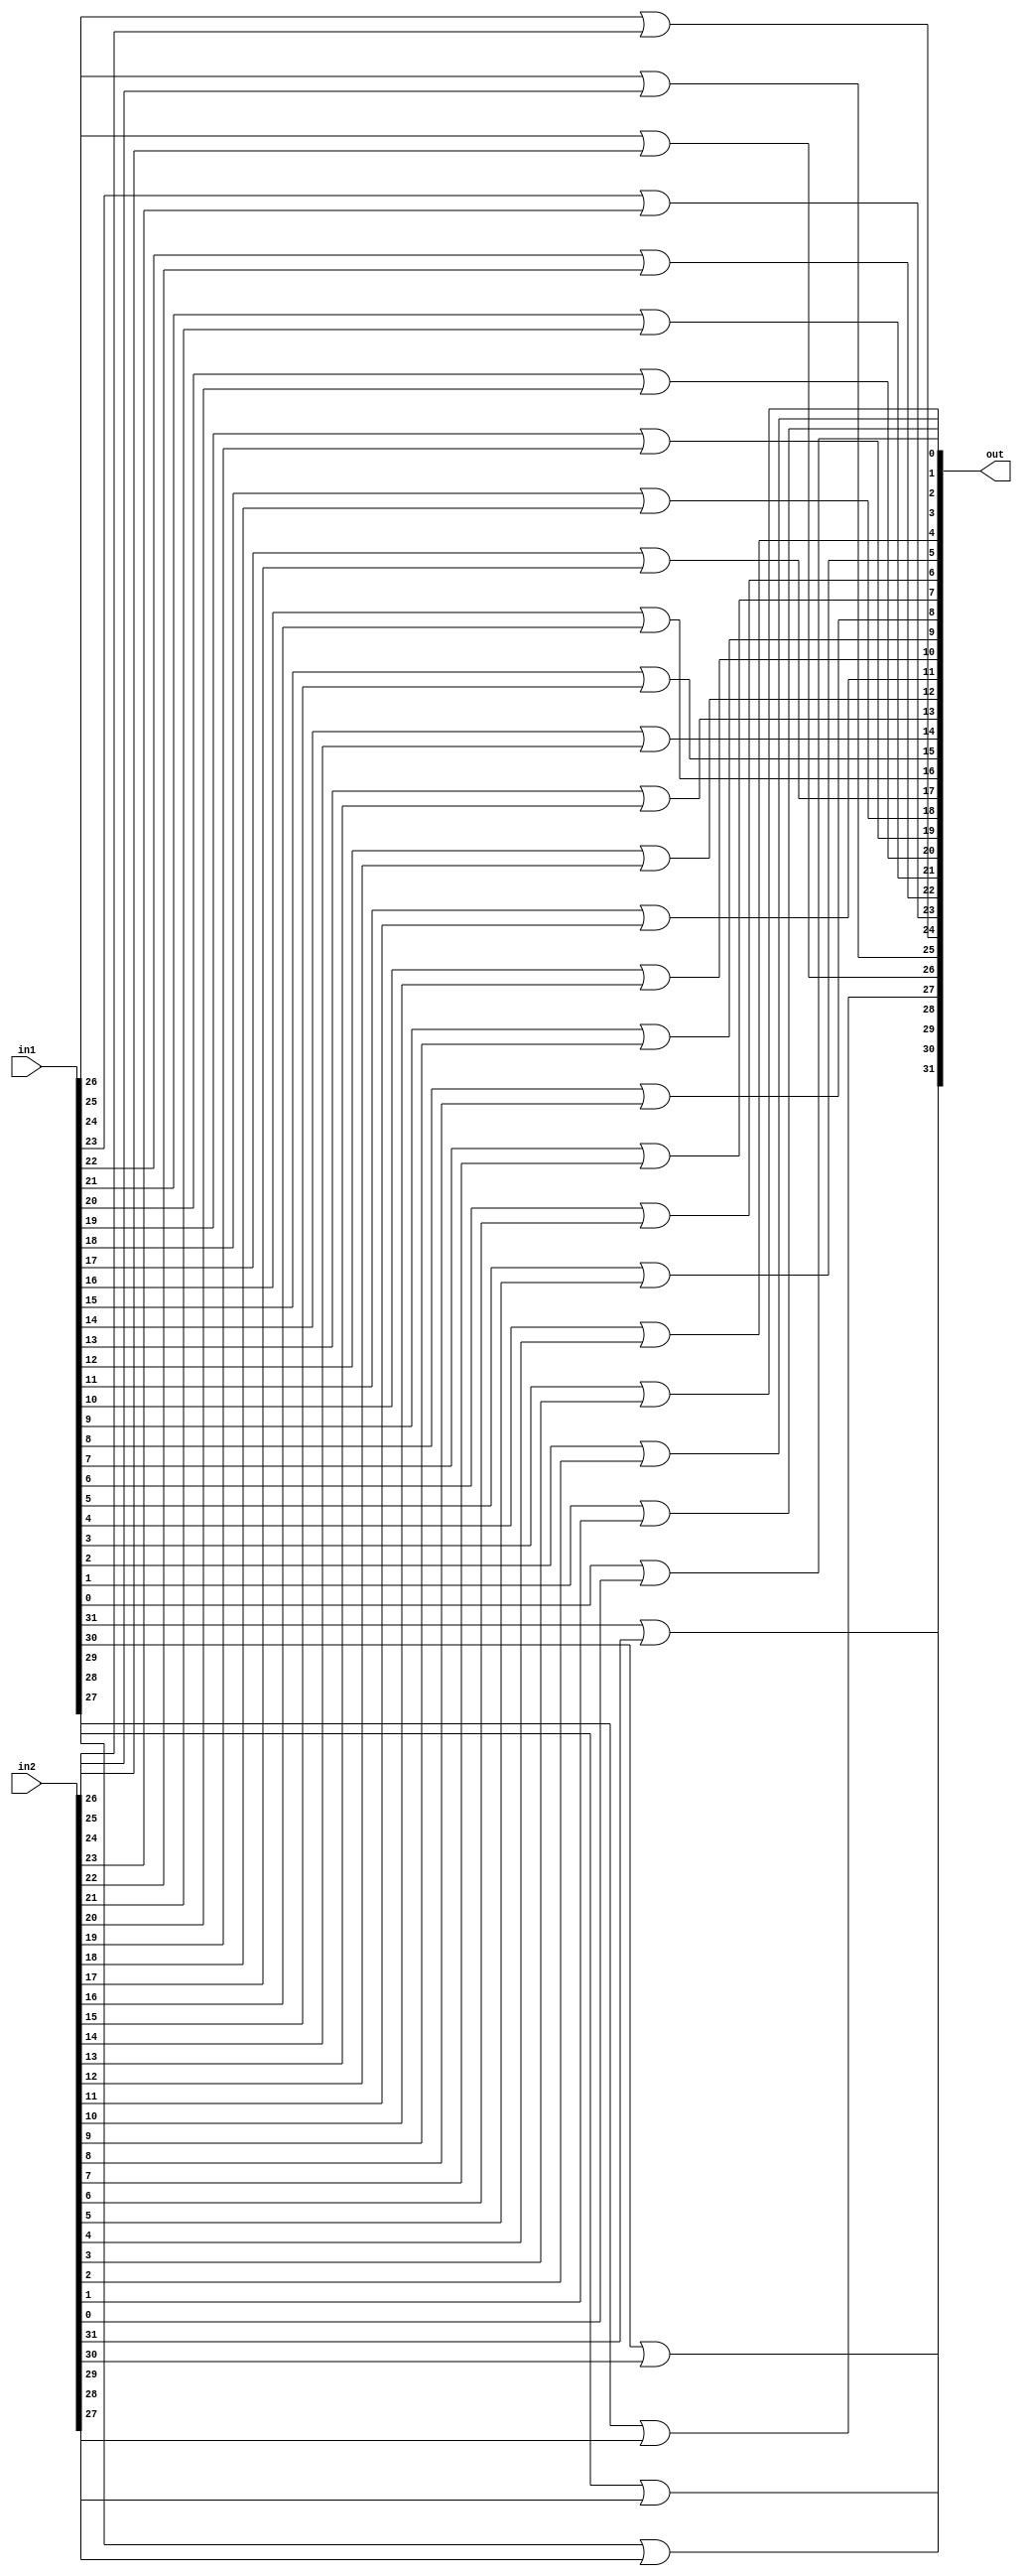
module or_32(out, in1, in2);
input [31:0] in1, in2;
output [31:0] out;

or or1(out[31], in1[31], in2[31]),
	or2(out[30], in1[30], in2[30]),
	or3(out[29], in1[29], in2[29]),
	or4(out[28], in1[28], in2[28]),
	or5(out[27], in1[27], in2[27]),
	or6(out[26], in1[26], in2[26]),
	or7(out[25], in1[25], in2[25]),
	or8(out[24], in1[24], in2[24]),
	or9(out[23], in1[23], in2[23]),
	or10(out[22], in1[22], in2[22]),
	or11(out[21], in1[21], in2[21]),
	or12(out[20], in1[20], in2[20]),
	or13(out[19], in1[19], in2[19]),
	or14(out[18], in1[18], in2[18]),
	or15(out[17], in1[17], in2[17]),
	or16(out[16], in1[16], in2[16]),
	or17(out[15], in1[15], in2[15]),
	or18(out[14], in1[14], in2[14]),
	or19(out[13], in1[13], in2[13]),
	or20(out[12], in1[12], in2[12]),
	or21(out[11], in1[11], in2[11]),
	or22(out[10], in1[10], in2[10]),
	or23(out[9], in1[9], in2[9]),
	or24(out[8], in1[8], in2[8]),
	or25(out[7], in1[7], in2[7]),
	or26(out[6], in1[6], in2[6]),
	or27(out[5], in1[5], in2[5]),
	or28(out[4], in1[4], in2[4]),
	or29(out[3], in1[3], in2[3]),
	or30(out[2], in1[2], in2[2]),
	or31(out[1], in1[1], in2[1]),
	or32(out[0], in1[0], in2[0]);
	
endmodule